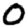
Digit: 0